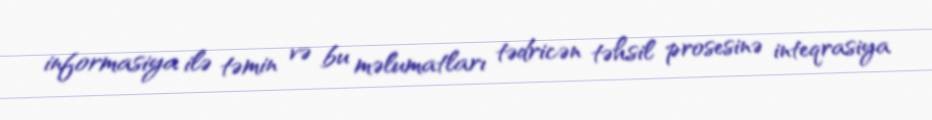
informasiya ilə təmin və bu məlumatları tədricən təhsil prosesinə inteqrasiya